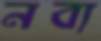
নব্য